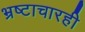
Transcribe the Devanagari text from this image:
भ्रष्टाचारही